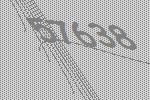
57638